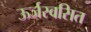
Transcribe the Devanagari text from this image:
ऊर्जस्वसित